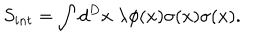
LaTeX: S _ { i n t } = \int d ^ { D } x \; \lambda \phi ( x ) \sigma ( x ) \sigma ( x ) .